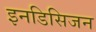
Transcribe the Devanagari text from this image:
इनडिसिजन